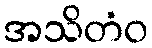
အသိတံဝ